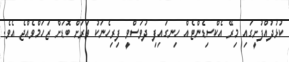
ކުޅުދުއްފުށީގައި މިރޭ އެކްސިޑެންޓެއް ހިނގައިފި ދުވަސްވީ ފިރިހެނަކު ވަރަށް ބޮޑަށް ޒަހަމްވެއްޖެ އެވެ.